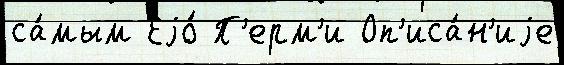
са́мым Еjо́ П'ерм'и Оп'иса́н'иjе